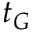
t _ { G }